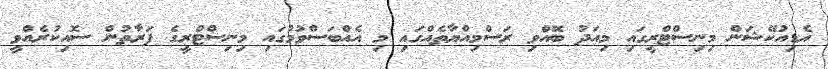
އެޑިއުކޭޝަން މިނިސްޓްރީގައި މިއަދު ބޭއްވި ރަސްމިއްޔާތެއްގައި މި އެއްބަސްވުމުގައި މިނިސްޓްރީގެ ފަރާތުން ސޮއިކުރެއްވީ